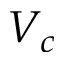
V _ { c }